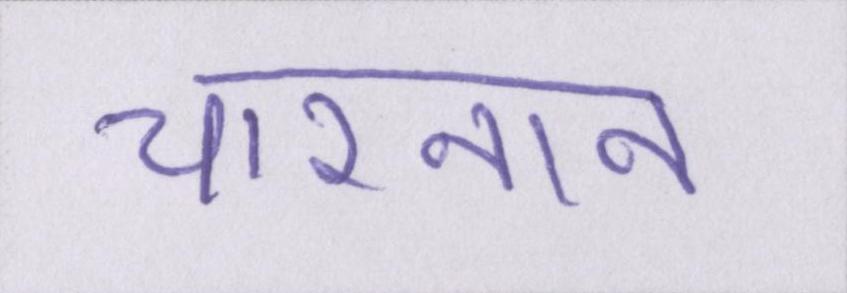
चारनान